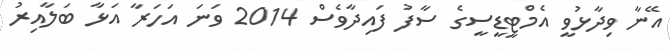
އޭނާ ވިދާޅުވީ އެމްޓީޑީސީގެ ސާފު ފައިދާވެސް 2014 ވަނަ އަހަރާ އަޅާ ބަލާއިރު